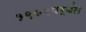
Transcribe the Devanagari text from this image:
१९७९पर्यंत